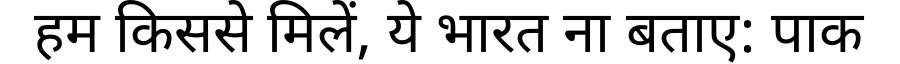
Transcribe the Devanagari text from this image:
हम किससे मिलें, ये भारत ना बताए: पाक